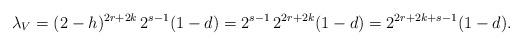
LaTeX: \begin{align*}\lambda_V = (2-h)^{2r+2k}\,2^{s-1}(1-d) = 2^{s-1}\,2^{2r + 2k}(1-d) = 2^{2r + 2k + s -1}(1-d).\end{align*}